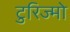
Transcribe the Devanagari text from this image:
टुरिज्मो